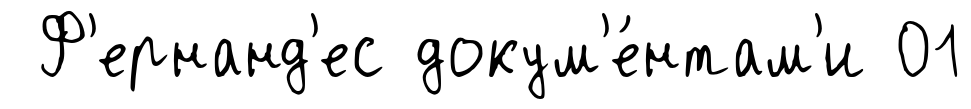
Ф'ернанд'ес докум'е́нтам'и 01